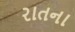
રાતના